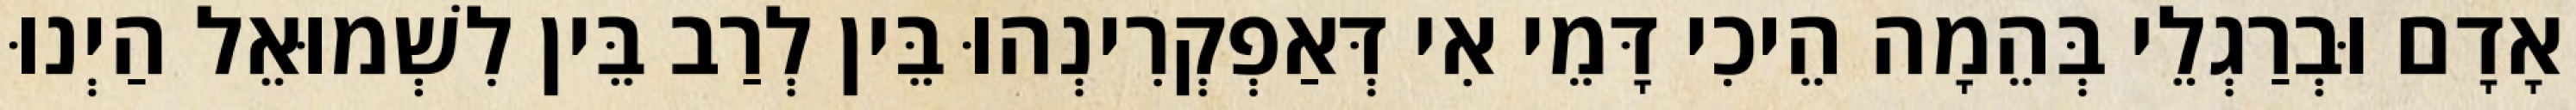
אָדָם וּבְרַגְלֵי בְּהֵמָה הֵיכִי דָּמֵי אִי דְּאַפְקְרִינְהוּ בֵּין לְרַב בֵּין לִשְׁמוּאֵל הַיְנוּ